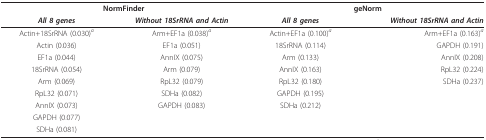
| <COLSPAN=2> NormFinder | <COLSPAN=2> geNorm |
 | All 8 genes | Without 18SrRNA and Actin | All 8 genes | Without 18SrRNA and Actin |
 | --- | --- | --- | --- |
 | Actin+18SrRNA (0.030)a | Arm+EF1a (0.038)a | Actin+EF1a (0.100)a | Arm+EF1a (0.163)a |
 | Actin (0.036) | EF1a (0.051) | 18SrRNA (0.114) | GAPDH (0.191) |
 | EF1a (0.044) | AnnIX (0.075) | Arm (0.133) | AnnIX (0.208) |
 | 18SrRNA (0.054) | Arm (0.079) | AnnIX (0.163) | RpL32 (0.224) |
 | Arm (0.069) | RpL32 (0.079) | RpL32 (0.180) | SDHa (0.237) |
 | RpL32 (0.071) | SDHa (0.082) | GAPDH (0.195) |  |
 | AnnIX (0.073) | GAPDH (0.083) | SDHa (0.212) |  |
 | GAPDH (0.077) |  |  |  |
 | SDHa (0.081) |  |  |  |